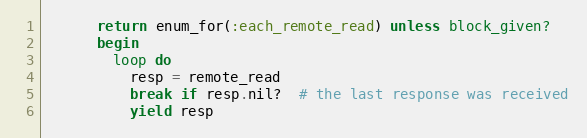
Language: Ruby
      return enum_for(:each_remote_read) unless block_given?
      begin
        loop do
          resp = remote_read
          break if resp.nil?  # the last response was received
          yield resp